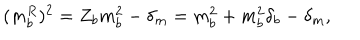
LaTeX: ( m _ { b } ^ { R } ) ^ { 2 } = Z _ { b } m _ { b } ^ { 2 } - \delta _ { m } = m _ { b } ^ { 2 } + m _ { b } ^ { 2 } \delta _ { b } - \delta _ { m } ,